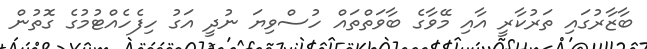
ބާޒާރުގައި ތަރުކާރީ އާއި މޭވާގެ ބާވަތްތައް ހުސްވިޔަ ނުދީ އަގު ހިފެހެއްޓުމުގެ ގޮތުން